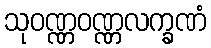
သုဝဏ္ဏဝဏ္ဏလက္ခဏံ